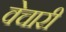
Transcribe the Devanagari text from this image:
वेचारी